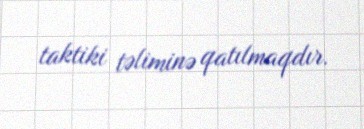
taktiki təliminə qatılmaqdır.